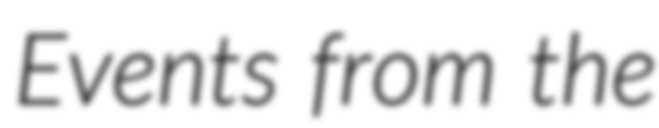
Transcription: Events from the